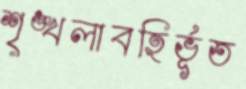
শৃঙ্খলাবহির্ভূত